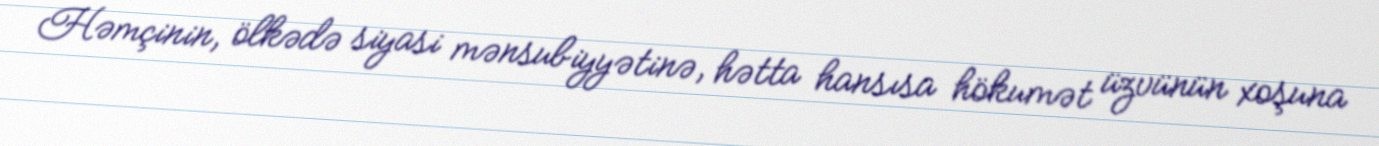
Həmçinin, ölkədə siyasi mənsubiyyətinə, hətta hansısa hökumət üzvünün xoşuna